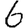
Digit: 6